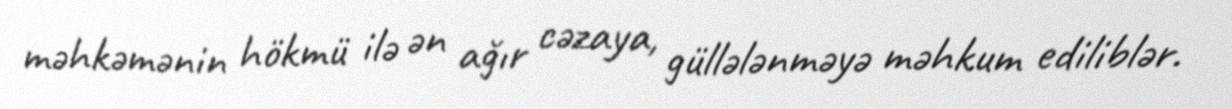
məhkəmənin hökmü ilə ən ağır cəzaya, güllələnməyə məhkum ediliblər.